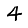
Digit: 4